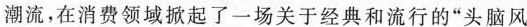
潮流，在消费领域掀起了一场关于经典和流行的”头脑风